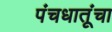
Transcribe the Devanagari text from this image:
पंचधातूंचा